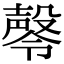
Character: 㲆